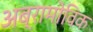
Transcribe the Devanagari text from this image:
अब्रामोविक